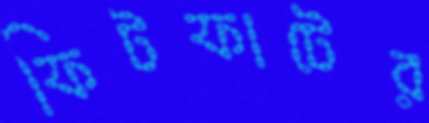
ফিটফাটের